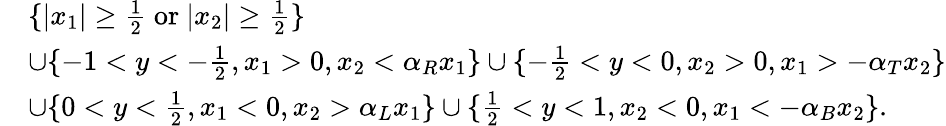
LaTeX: \begin{array}{rl}&{\{ |x_{1}|\geq\frac{1}{2}\mathrm{~or~}|x_{2}|\geq\frac{1}{2}\} }\\ &{\cup\{ -1<y<-\frac{1}{2},x_{1}>0,x_{2}<\alpha_{R}x_{1}\} \cup\{ -\frac{1}{2}<y<0,x_{2}>0,x_{1}>-\alpha_{T}x_{2}\} }\\ &{\cup\{ 0<y<\frac{1}{2},x_{1}<0,x_{2}>\alpha_{L}x_{1}\} \cup\{ \frac{1}{2}<y<1,x_{2}<0,x_{1}<-\alpha_{B}x_{2}\} .}\end{array}